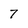
Character: 7